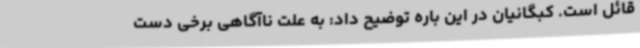
قائل است. کبگانیان در این باره توضیح داد: به علت ناآگاهی برخی دست